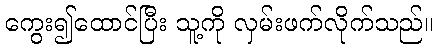
ကွေး၍ထောင်ပြီး သူ့ကို လှမ်းဖက်လိုက်သည်။